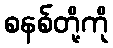
စနစ်တို့ကို